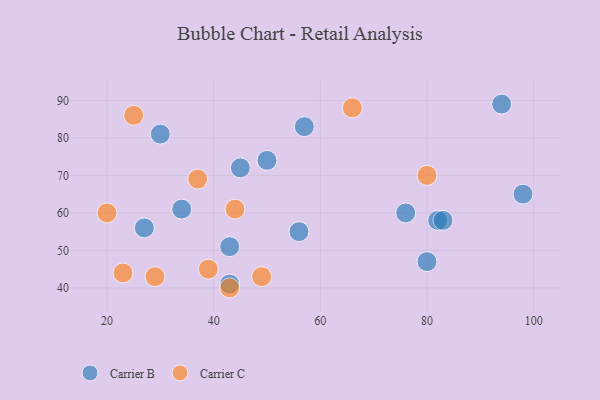
{"axis": {"x": "GDP", "y": "Life Expectancy"}, "legend": ["Carrier B", "Carrier C"], "data": [{"x": "80", "y": 47, "type": "Carrier B"}, {"x": "43", "y": 41, "type": "Carrier B"}, {"x": "43", "y": 51, "type": "Carrier B"}, {"x": "98", "y": 65, "type": "Carrier B"}, {"x": "82", "y": 58, "type": "Carrier B"}, {"x": "50", "y": 74, "type": "Carrier B"}, {"x": "83", "y": 58, "type": "Carrier B"}, {"x": "94", "y": 89, "type": "Carrier B"}, {"x": "56", "y": 55, "type": "Carrier B"}, {"x": "76", "y": 60, "type": "Carrier B"}, {"x": "34", "y": 61, "type": "Carrier B"}, {"x": "45", "y": 72, "type": "Carrier B"}, {"x": "27", "y": 56, "type": "Carrier B"}, {"x": "30", "y": 81, "type": "Carrier B"}, {"x": "57", "y": 83, "type": "Carrier B"}, {"x": "43", "y": 40, "type": "Carrier C"}, {"x": "44", "y": 61, "type": "Carrier C"}, {"x": "39", "y": 45, "type": "Carrier C"}, {"x": "49", "y": 43, "type": "Carrier C"}, {"x": "25", "y": 86, "type": "Carrier C"}, {"x": "37", "y": 69, "type": "Carrier C"}, {"x": "29", "y": 43, "type": "Carrier C"}, {"x": "20", "y": 60, "type": "Carrier C"}, {"x": "80", "y": 70, "type": "Carrier C"}, {"x": "23", "y": 44, "type": "Carrier C"}, {"x": "66", "y": 88, "type": "Carrier C"}]}